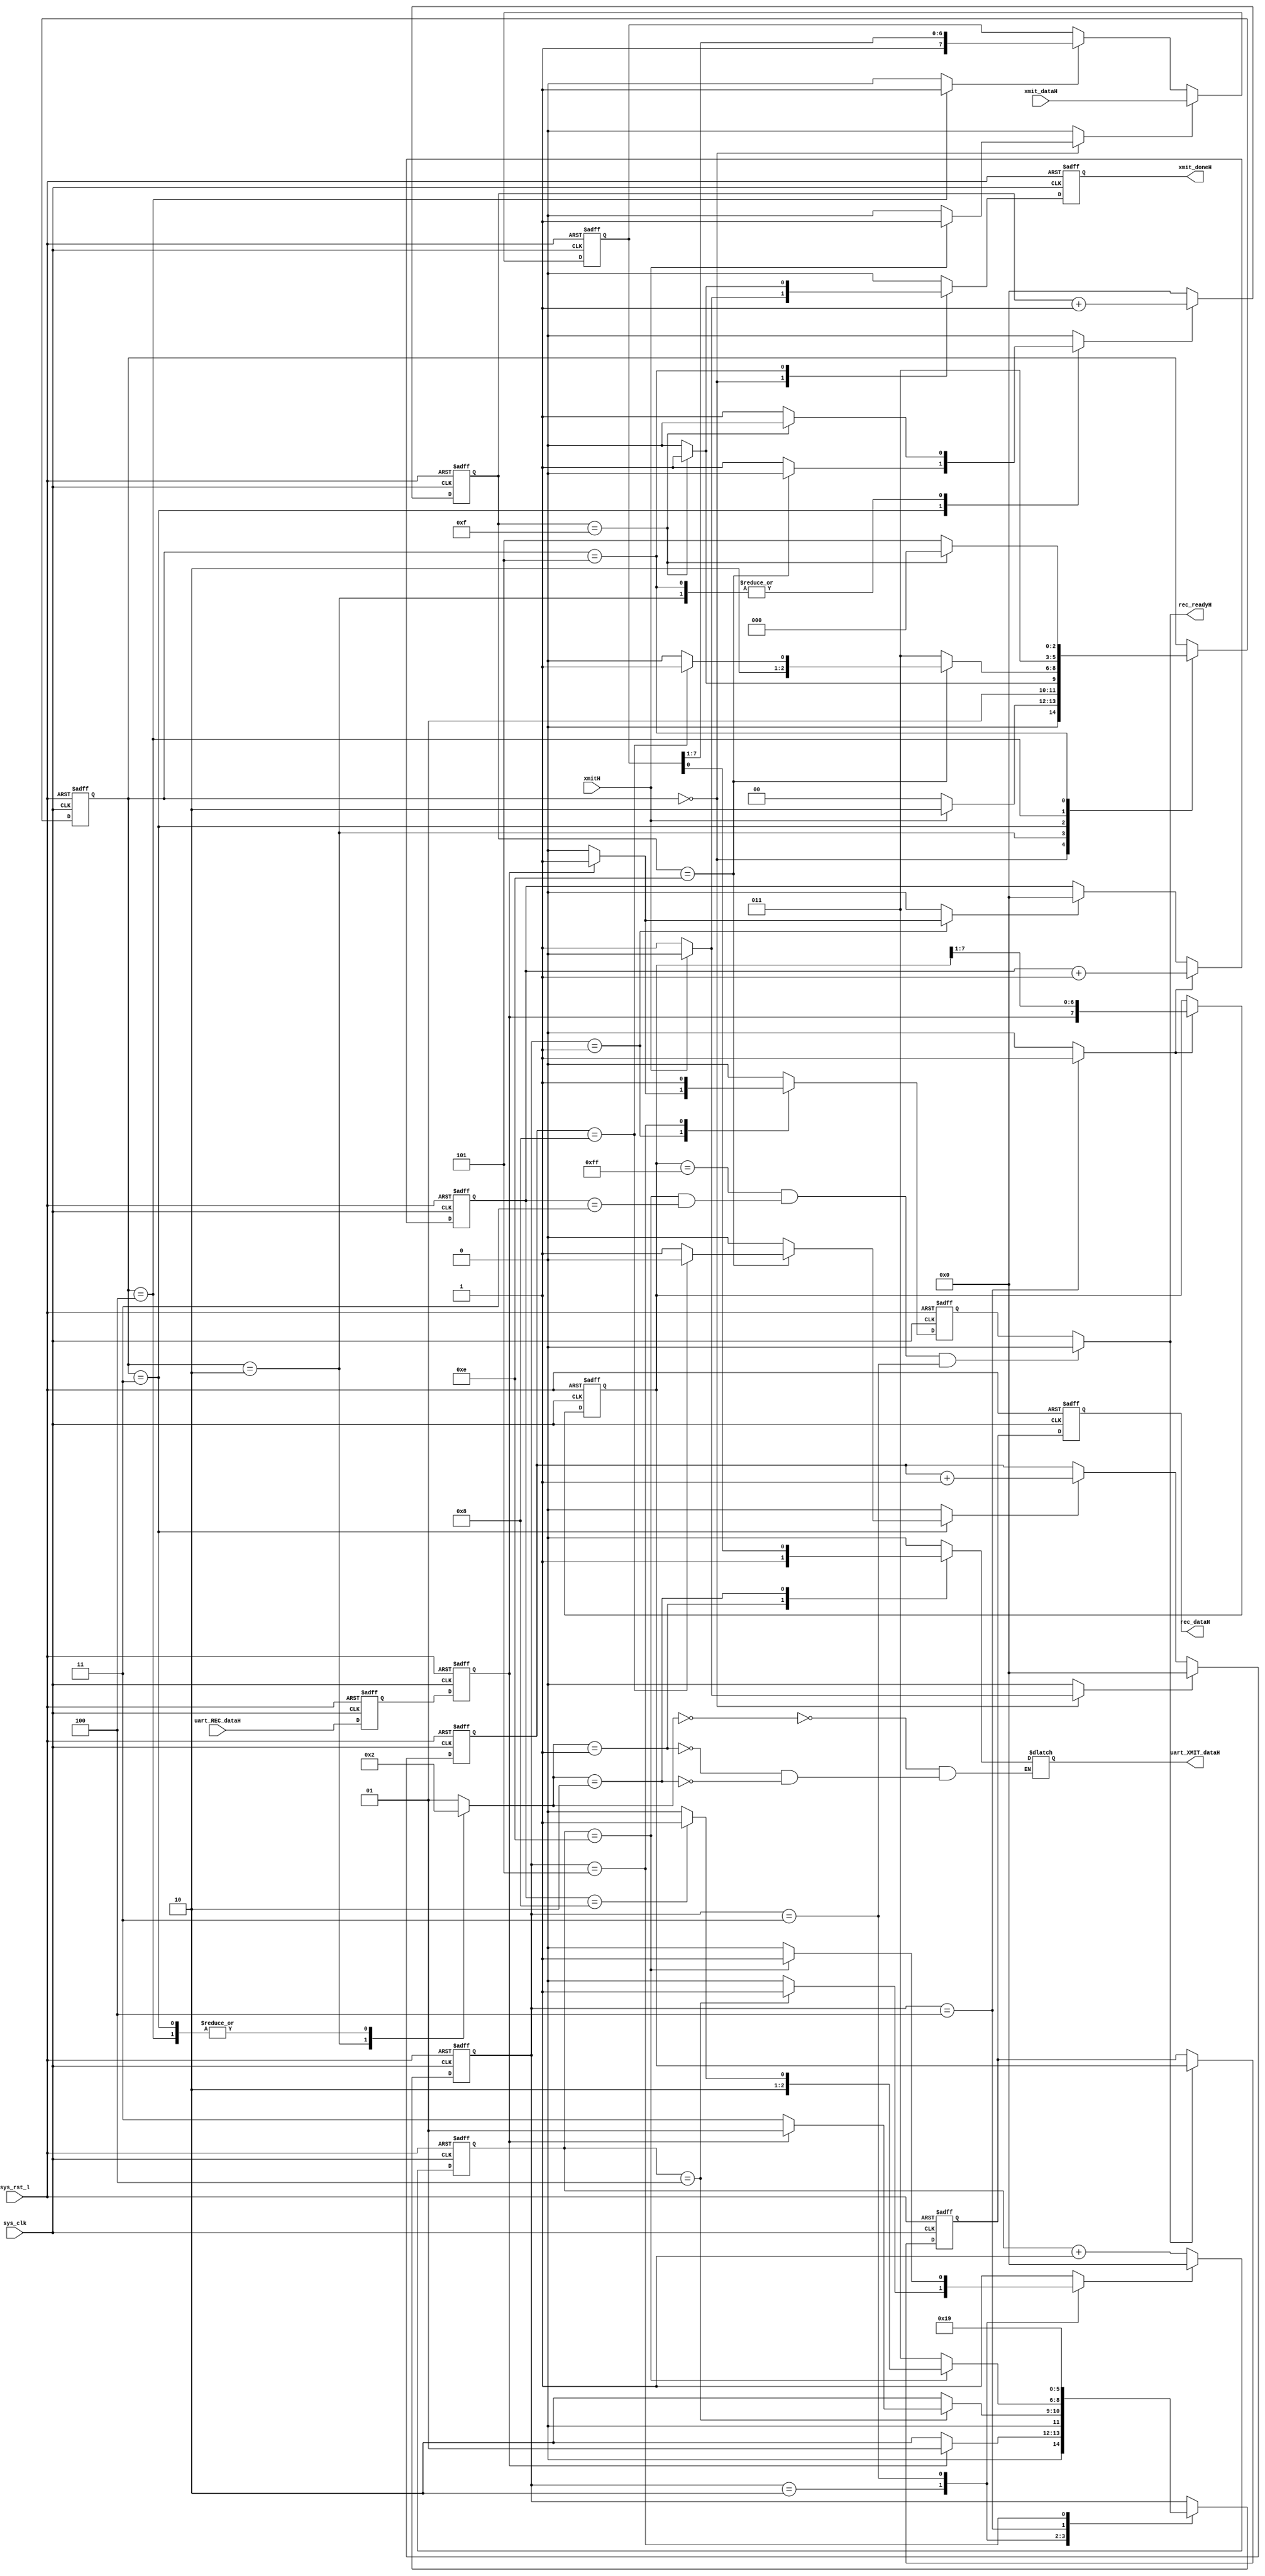
module uart(
        sys_clk,
        sys_rst_l,
        uart_XMIT_dataH,
        xmitH,
        xmit_dataH,
        xmit_doneH,
        uart_REC_dataH,
        rec_dataH,
        rec_readyH
    );
    parameter r_START  = 3'b001;
    parameter r_CENTER  = 3'b010;
    parameter r_WAIT  = 3'b011;
    parameter r_SAMPLE  = 3'b100;
    parameter r_STOP  = 3'b101;
    parameter x_IDLE  = 3'b000;
    parameter x_START  = 3'b010;
    parameter x_WAIT  = 3'b011;
    parameter x_SHIFT  = 3'b100;
    parameter x_STOP  = 3'b101;
    parameter x_DataSend  = 3'b111;
    parameter s_idle  = 3'b000;
    parameter s_count1  = 3'b001;
    parameter s_count2  = 3'b010;
    parameter s_count3  = 3'b011;
    parameter s_stop  = 3'b111;
    parameter x_STARTbit  = 2'b00;
    parameter x_STOPbit  = 2'b01;
    parameter x_ShiftReg  = 2'b10;
    parameter x_miDataSend  = 2'b11;
    parameter LO  = 1'b0;
    parameter HI  = 1'b1;
    parameter X  = 1'bx;
    parameter DataSend  = 1'b0;
    parameter DataSend_bit  = 1'b1;
    parameter DataCon_bit  = 1'b1;
    parameter WORD_LEN  = 4'h8;
    parameter iXMIT_r_START  = 3'b001;
    parameter iXMIT_r_CENTER  = 3'b010;
    parameter iXMIT_r_WAIT  = 3'b011;
    parameter iXMIT_r_SAMPLE  = 3'b100;
    parameter iXMIT_r_STOP  = 3'b101;
    parameter iXMIT_x_IDLE  = 3'b000;
    parameter iXMIT_x_START  = 3'b010;
    parameter iXMIT_x_WAIT  = 3'b011;
    parameter iXMIT_x_SHIFT  = 3'b100;
    parameter iXMIT_x_STOP  = 3'b101;
    parameter iXMIT_x_DataSend  = 3'b111;
    parameter iXMIT_s_idle  = 3'b000;
    parameter iXMIT_s_count1  = 3'b001;
    parameter iXMIT_s_count2  = 3'b010;
    parameter iXMIT_s_count3  = 3'b011;
    parameter iXMIT_s_stop  = 3'b111;
    parameter iXMIT_x_STARTbit  = 2'b00;
    parameter iXMIT_x_STOPbit  = 2'b01;
    parameter iXMIT_x_ShiftReg  = 2'b10;
    parameter iXMIT_x_miDataSend  = 2'b11;
    parameter iXMIT_LO  = 1'b0;
    parameter iXMIT_HI  = 1'b1;
    parameter iXMIT_X  = 1'bx;
    parameter iXMIT_DataSend  = 1'b0;
    parameter iXMIT_DataSend_bit  = 1'b1;
    parameter iXMIT_DataCon_bit  = 1'b1;
    parameter iXMIT_WORD_LEN  = 4'h8;
    parameter iRECEIVER_r_START  = 3'b001;
    parameter iRECEIVER_r_CENTER  = 3'b010;
    parameter iRECEIVER_r_WAIT  = 3'b011;
    parameter iRECEIVER_r_SAMPLE  = 3'b100;
    parameter iRECEIVER_r_STOP  = 3'b101;
    parameter iRECEIVER_x_IDLE  = 3'b000;
    parameter iRECEIVER_x_START  = 3'b010;
    parameter iRECEIVER_x_WAIT  = 3'b011;
    parameter iRECEIVER_x_SHIFT  = 3'b100;
    parameter iRECEIVER_x_STOP  = 3'b101;
    parameter iRECEIVER_x_DataSend  = 3'b111;
    parameter iRECEIVER_s_idle  = 3'b000;
    parameter iRECEIVER_s_count1  = 3'b001;
    parameter iRECEIVER_s_count2  = 3'b010;
    parameter iRECEIVER_s_count3  = 3'b011;
    parameter iRECEIVER_s_stop  = 3'b111;
    parameter iRECEIVER_x_STARTbit  = 2'b00;
    parameter iRECEIVER_x_STOPbit  = 2'b01;
    parameter iRECEIVER_x_ShiftReg  = 2'b10;
    parameter iRECEIVER_x_miDataSend  = 2'b11;
    parameter iRECEIVER_LO  = 1'b0;
    parameter iRECEIVER_HI  = 1'b1;
    parameter iRECEIVER_X  = 1'bx;
    parameter iRECEIVER_DataSend  = 1'b0;
    parameter iRECEIVER_DataSend_bit  = 1'b1;
    parameter iRECEIVER_DataCon_bit  = 1'b1;
    parameter iRECEIVER_WORD_LEN  = 4'h8;
    input sys_clk;
    input sys_rst_l;
    output uart_XMIT_dataH;
    input xmitH;
    input [7:0]xmit_dataH;
    output xmit_doneH;
    input uart_REC_dataH;
    output [7:0]rec_dataH;
    output rec_readyH;
    reg [7:0]rec_dataH;
    reg [7:0]rec_dataH_temp;
    reg [2:0]iXMIT_next_state;
    reg [2:0]iXMIT_state;
    reg iXMIT_load_shiftRegH;
    reg iXMIT_shiftEnaH;
    reg [3:0]iXMIT_bitCell_cntrH;
    reg iXMIT_countEnaH;
    reg [7:0]iXMIT_xmit_ShiftRegH;
    reg [3:0]iXMIT_bitCountH;
    reg iXMIT_rst_bitCountH;
    reg iXMIT_ena_bitCountH;
    reg [1:0]iXMIT_xmitDataSelH;
    reg iXMIT_uart_xmitH;
    reg iXMIT_xmit_doneInH;
    reg iXMIT_xmit_doneH;
    reg [7:0]iRECEIVER_rec_dataH;
    reg iRECEIVER_rec_readyH;
    reg [2:0]iRECEIVER_next_state;
    reg [2:0]iRECEIVER_state;
    reg iRECEIVER_rec_datH;
    reg iRECEIVER_rec_datSyncH;
    reg [3:0]iRECEIVER_bitCell_cntrH;
    reg iRECEIVER_cntr_resetH;
    reg iRECEIVER_shiftH;
    reg [3:0]iRECEIVER_recd_bitCntrH;
    reg iRECEIVER_countH;
    reg iRECEIVER_rstCountH;
    reg iRECEIVER_rec_readyH_temp;
    reg iRECEIVER_rec_readyInH;
    always @ (  posedge sys_clk or  negedge sys_rst_l)
    begin
        if (  ~( sys_rst_l) ) 
        begin
            rec_dataH <= 8'b0;
        end
        else
        begin 
            rec_dataH <= rec_dataH_temp;
        end
    end
    always @ (  posedge sys_clk or  negedge sys_rst_l)
    begin
        if (  ~( sys_rst_l) ) 
        begin
            rec_dataH_temp <= 8'b0;
        end
        else
        begin 
            if ( rec_readyH ) 
            begin
                rec_dataH_temp <= iRECEIVER_rec_dataH;
            end
        end
    end
    assign uart_XMIT_dataH = iXMIT_uart_xmitH;
    assign xmit_doneH = iXMIT_xmit_doneH;
    always @ (  iXMIT_xmit_ShiftRegH or  iXMIT_xmitDataSelH)
    begin
        case ( iXMIT_xmitDataSelH ) 
        iXMIT_x_STARTbit:
        begin
            iXMIT_uart_xmitH = iXMIT_LO;
        end
        iXMIT_x_STOPbit:
        begin
            iXMIT_uart_xmitH = iXMIT_HI;
        end
        iXMIT_x_ShiftReg:
        begin
            iXMIT_uart_xmitH = iXMIT_xmit_ShiftRegH[0];
        end
        endcase
    end
    always @ (  posedge sys_clk or  negedge sys_rst_l)
    begin
        if (  ~( sys_rst_l) ) 
        begin
            iXMIT_bitCell_cntrH <= 4'b0;
        end
        else
        begin 
            if ( iXMIT_countEnaH ) 
            begin
                iXMIT_bitCell_cntrH <= ( iXMIT_bitCell_cntrH + 4'b1 );
            end
            else
            begin 
                iXMIT_bitCell_cntrH <= 4'b0;
            end
        end
    end
    always @ (  posedge sys_clk or  negedge sys_rst_l)
    begin
        if (  ~( sys_rst_l) ) 
        begin
            iXMIT_xmit_ShiftRegH <= 8'b0;
        end
        else
        begin 
            if ( iXMIT_load_shiftRegH ) 
            begin
                iXMIT_xmit_ShiftRegH <= xmit_dataH;
            end
            else
            begin 
                if ( iXMIT_shiftEnaH ) 
                begin
                    iXMIT_xmit_ShiftRegH <= { iXMIT_HI, iXMIT_xmit_ShiftRegH[7:1] };
                end
                else
                begin 
                    iXMIT_xmit_ShiftRegH <= iXMIT_xmit_ShiftRegH;
                end
            end
        end
    end
    always @ (  posedge sys_clk or  negedge sys_rst_l)
    begin
        if (  ~( sys_rst_l) ) 
        begin
            iXMIT_bitCountH <= 4'b0;
        end
        else
        begin 
            if ( iXMIT_rst_bitCountH ) 
            begin
                iXMIT_bitCountH <= 4'b0;
            end
            else
            begin 
                if ( iXMIT_ena_bitCountH ) 
                begin
                    iXMIT_bitCountH <= ( iXMIT_bitCountH + 4'b1 );
                end
            end
        end
    end
    always @ (  posedge sys_clk or  negedge sys_rst_l)
    begin
        if (  ~( sys_rst_l) ) 
        begin
            iXMIT_state <= iXMIT_x_IDLE;
        end
        else
        begin 
            iXMIT_state <= iXMIT_next_state;
        end
    end
    always @ (  iXMIT_state or  xmitH or  iXMIT_bitCell_cntrH or  iXMIT_bitCountH)
    begin
        iXMIT_next_state = iXMIT_state;
        iXMIT_load_shiftRegH = iXMIT_LO;
        iXMIT_countEnaH = iXMIT_LO;
        iXMIT_shiftEnaH = iXMIT_LO;
        iXMIT_rst_bitCountH = iXMIT_LO;
        iXMIT_ena_bitCountH = iXMIT_LO;
        iXMIT_xmitDataSelH = iXMIT_x_STOPbit;
        iXMIT_xmit_doneInH = iXMIT_LO;
        case ( iXMIT_state ) 
        iXMIT_x_IDLE:
        begin
            if ( xmitH ) 
            begin
                iXMIT_next_state = iXMIT_x_START;
                iXMIT_load_shiftRegH = iXMIT_HI;
            end
            else
            begin 
                iXMIT_next_state = iXMIT_x_IDLE;
                iXMIT_rst_bitCountH = iXMIT_HI;
                iXMIT_xmit_doneInH = iXMIT_HI;
            end
        end
        iXMIT_x_START:
        begin
            iXMIT_xmitDataSelH = iXMIT_x_STARTbit;
            if ( iXMIT_bitCell_cntrH == 4'hF ) 
            begin
                iXMIT_next_state = iXMIT_x_WAIT;
            end
            else
            begin 
                iXMIT_next_state = iXMIT_x_START;
                iXMIT_countEnaH = iXMIT_HI;
            end
        end
        iXMIT_x_WAIT:
        begin
            iXMIT_xmitDataSelH = iXMIT_x_ShiftReg;
            if ( iXMIT_bitCell_cntrH == 4'hE ) 
            begin
                if ( iXMIT_bitCountH == iXMIT_WORD_LEN ) 
                begin
                    iXMIT_next_state = iXMIT_x_STOP;
                end
                else
                begin 
                    iXMIT_next_state = iXMIT_x_SHIFT;
                    iXMIT_ena_bitCountH = iXMIT_HI;
                end
            end
            else
            begin 
                iXMIT_next_state = iXMIT_x_WAIT;
                iXMIT_countEnaH = iXMIT_HI;
            end
        end
        iXMIT_x_SHIFT:
        begin
            iXMIT_xmitDataSelH = iXMIT_x_ShiftReg;
            iXMIT_next_state = iXMIT_x_WAIT;
            iXMIT_shiftEnaH = iXMIT_HI;
        end
        iXMIT_x_STOP:
        begin
            iXMIT_xmitDataSelH = iXMIT_x_STOPbit;
            if ( iXMIT_bitCell_cntrH == 4'hF ) 
            begin
                iXMIT_next_state = iXMIT_x_IDLE;
                iXMIT_xmit_doneInH = iXMIT_HI;
            end
            else
            begin 
                iXMIT_next_state = iXMIT_x_STOP;
                iXMIT_countEnaH = iXMIT_HI;
            end
        end
        endcase
    end
    always @ (  posedge sys_clk or  negedge sys_rst_l)
    begin
        if (  ~( sys_rst_l) ) 
        begin
            iXMIT_xmit_doneH <= 1'b0;
        end
        else
        begin 
            iXMIT_xmit_doneH <= iXMIT_xmit_doneInH;
        end
    end
    assign rec_readyH = iRECEIVER_rec_readyH;
    always @ (  * )
    begin
        if ( ( ( iRECEIVER_rec_dataH == 8'b11111111 ) & ( ( iRECEIVER_bitCell_cntrH == 4'b1110 ) && ( iRECEIVER_recd_bitCntrH == 4'b0011 ) ) ) & ( iRECEIVER_state == 3'b011 ) ) 
        begin
            iRECEIVER_rec_readyH = 1'b0;
        end
        else
        begin 
            iRECEIVER_rec_readyH = iRECEIVER_rec_readyH_temp;
        end
    end
    always @ (  posedge sys_clk or  negedge sys_rst_l)
    begin
        if (  ~( sys_rst_l) ) 
        begin
            iRECEIVER_rec_datSyncH <= 1'b1;
            iRECEIVER_rec_datH <= 1'b1;
        end
        else
        begin 
            iRECEIVER_rec_datSyncH <= uart_REC_dataH;
            iRECEIVER_rec_datH <= iRECEIVER_rec_datSyncH;
        end
    end
    always @ (  posedge sys_clk or  negedge sys_rst_l)
    begin
        if (  ~( sys_rst_l) ) 
        begin
            iRECEIVER_bitCell_cntrH <= 4'b0;
        end
        else
        begin 
            if ( iRECEIVER_cntr_resetH ) 
            begin
                iRECEIVER_bitCell_cntrH <= 4'b0;
            end
            else
            begin 
                iRECEIVER_bitCell_cntrH <= ( iRECEIVER_bitCell_cntrH + 4'b1 );
            end
        end
    end
    always @ (  posedge sys_clk or  negedge sys_rst_l)
    begin
        if (  ~( sys_rst_l) ) 
        begin
            iRECEIVER_rec_dataH <= 8'b0;
        end
        else
        begin 
            if ( iRECEIVER_shiftH ) 
            begin
                iRECEIVER_rec_dataH <= { iRECEIVER_rec_datH, iRECEIVER_rec_dataH[7:1] };
            end
        end
    end
    always @ (  posedge sys_clk or  negedge sys_rst_l)
    begin
        if (  ~( sys_rst_l) ) 
        begin
            iRECEIVER_recd_bitCntrH <= 4'b0;
        end
        else
        begin 
            if ( iRECEIVER_countH ) 
            begin
                iRECEIVER_recd_bitCntrH <= ( iRECEIVER_recd_bitCntrH + 4'b1 );
            end
            else
            begin 
                if ( iRECEIVER_rstCountH ) 
                begin
                    iRECEIVER_recd_bitCntrH <= 4'b0;
                end
            end
        end
    end
    always @ (  posedge sys_clk or  negedge sys_rst_l)
    begin
        if (  ~( sys_rst_l) ) 
        begin
            iRECEIVER_state <= iRECEIVER_r_START;
        end
        else
        begin 
            iRECEIVER_state <= iRECEIVER_next_state;
        end
    end
    always @ (  iRECEIVER_state or  iRECEIVER_rec_datH or  iRECEIVER_bitCell_cntrH or  iRECEIVER_recd_bitCntrH)
    begin
        iRECEIVER_next_state = iRECEIVER_state;
        iRECEIVER_cntr_resetH = iRECEIVER_HI;
        iRECEIVER_shiftH = iRECEIVER_LO;
        iRECEIVER_countH = iRECEIVER_LO;
        iRECEIVER_rstCountH = iRECEIVER_LO;
        iRECEIVER_rec_readyInH = iRECEIVER_LO;
        case ( iRECEIVER_state ) 
        iRECEIVER_r_START:
        begin
            if (  ~( iRECEIVER_rec_datH) ) 
            begin
                iRECEIVER_next_state = iRECEIVER_r_CENTER;
            end
            else
            begin 
                iRECEIVER_next_state = iRECEIVER_r_START;
                iRECEIVER_rstCountH = iRECEIVER_HI;
                iRECEIVER_rec_readyInH = iRECEIVER_HI;
            end
        end
        iRECEIVER_r_CENTER:
        begin
            if ( iRECEIVER_bitCell_cntrH == 4'h4 ) 
            begin
                if (  ~( iRECEIVER_rec_datH) ) 
                begin
                    iRECEIVER_next_state = iRECEIVER_r_WAIT;
                end
                else
                begin 
                    iRECEIVER_next_state = iRECEIVER_r_START;
                end
            end
            else
            begin 
                iRECEIVER_next_state = iRECEIVER_r_CENTER;
                iRECEIVER_cntr_resetH = iRECEIVER_LO;
            end
        end
        iRECEIVER_r_WAIT:
        begin
            if ( iRECEIVER_bitCell_cntrH == 4'hE ) 
            begin
                if ( iRECEIVER_recd_bitCntrH == iRECEIVER_WORD_LEN ) 
                begin
                    iRECEIVER_next_state = iRECEIVER_r_STOP;
                end
                else
                begin 
                    iRECEIVER_next_state = iRECEIVER_r_SAMPLE;
                end
            end
            else
            begin 
                iRECEIVER_next_state = iRECEIVER_r_WAIT;
                iRECEIVER_cntr_resetH = iRECEIVER_LO;
            end
        end
        iRECEIVER_r_SAMPLE:
        begin
            iRECEIVER_shiftH = iRECEIVER_HI;
            iRECEIVER_countH = iRECEIVER_HI;
            iRECEIVER_next_state = iRECEIVER_r_WAIT;
        end
        iRECEIVER_r_STOP:
        begin
            iRECEIVER_next_state = iRECEIVER_r_START;
            iRECEIVER_rec_readyInH = iRECEIVER_HI;
        end
        endcase
    end
    always @ (  posedge sys_clk or  negedge sys_rst_l)
    begin
        if (  ~( sys_rst_l) ) 
        begin
            iRECEIVER_rec_readyH_temp <= 1'b0;
        end
        else
        begin 
            iRECEIVER_rec_readyH_temp <= iRECEIVER_rec_readyInH;
        end
    end
endmodule